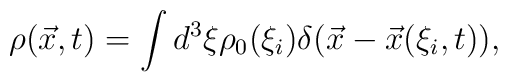
\rho(\vec x,t)=\int d^3 \xi \rho_0(\xi_i)\delta(\vec x-\vec x(\xi_i,t)),